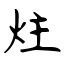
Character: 炷